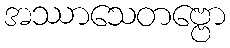
အဿာသေတဗ္ဗော